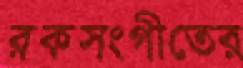
রকসংগীতের